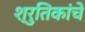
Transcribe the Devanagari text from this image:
श्रुतिकांचे